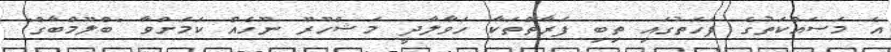
އެ މަސައްކަތުގެ ފަހަތުގައި ތިބި ފަރާތްތަކާ ހަވާލާދީ މަޝްހޫރޫ ނޫހެއް ކަމަށްވާ "ބްލޫމްބާގް"